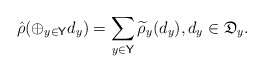
\begin{align*}\hat \rho (\oplus_{y\in \mathsf Y}d_y) = \sum_{y\in \mathsf Y} \widetilde \rho_y(d_y),d_y \in \mathfrak D_y.\end{align*}